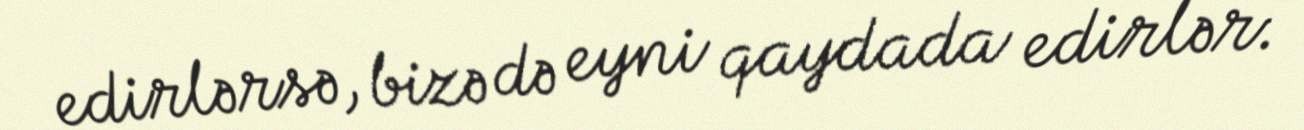
edirlərsə, bizə də eyni qaydada edirlər.